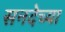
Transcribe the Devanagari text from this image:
सनदेच्या